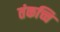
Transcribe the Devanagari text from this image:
तंकच्चि